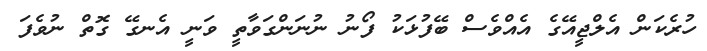
ހުރެކަން އެލްޖީއޭގެ އެއްވެސް ބޭފުޅަކު ފޯނު ނުނަންގަވާތީ ވަނީ އެނގޭ ގޮތް ނުވެފަ